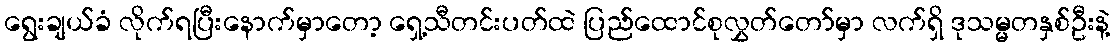
ရွေးချယ်ခံ လိုက်ရပြီးနောက်မှာတော့ ရှေ့သီတင်းပတ်ထဲ ပြည်ထောင်စုလွှတ်တော်မှာ လက်ရှိ ဒုသမ္မတနှစ်ဦးနဲ့